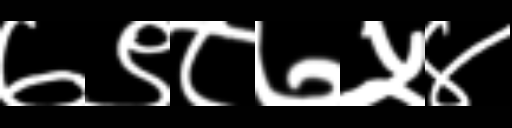
Text: ७९८७५४